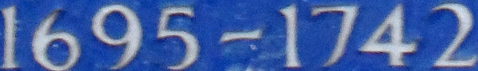
1695-1742